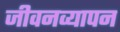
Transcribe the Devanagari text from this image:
जीवनव्यापन